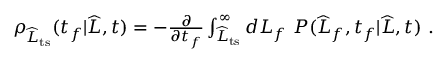
\begin{array} { r } { \rho _ { \widehat { L } _ { \mathrm { t s } } } ( t _ { f } | \widehat { L } , t ) = - \frac { \partial } { \partial t _ { f } } \int _ { \widehat { L } _ { \mathrm { t s } } } ^ { \infty } d L _ { f } \ P ( \widehat { L } _ { f } , t _ { f } | \widehat { L } , t ) \ . } \end{array}